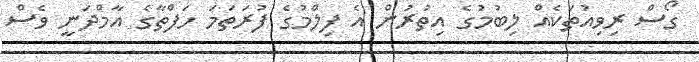
ގޯސް ރިވިއުތަކެއް ލިބުމުގެ އިތުރުން އެ ފިލްމުގެ ފުރަތަމަ ހަފްތާގެ އާމްދަނީ ވެސް